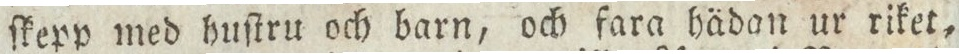
ſkepp med huſtru och barn, och fara hädan ur riket,